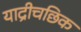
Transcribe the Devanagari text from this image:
याद्रीचछिक